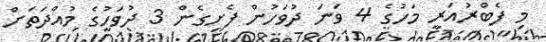
މި ފެބްރުއަރީ މަހުގެ 4 ވަނަ ދުވަހުން ފެށިގެން 3 ދުވަހުގެ މުއްދަތަށް